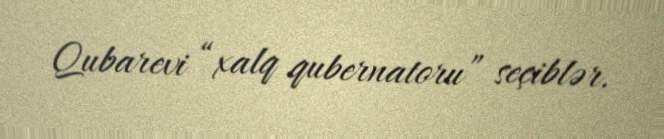
Qubarevi “xalq qubernatoru” seçiblər.